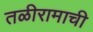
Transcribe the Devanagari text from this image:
तळीरामाची